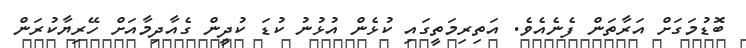
ބޮޑުމަގަށް އަރާތަން ފެނެއެވެ. އަތިރިމަތީގައި ކުޅެން އުޅުނު ކުޑަ ކުދީން ގެއާދިމާއަށް ހޭރިޔާކުރަން